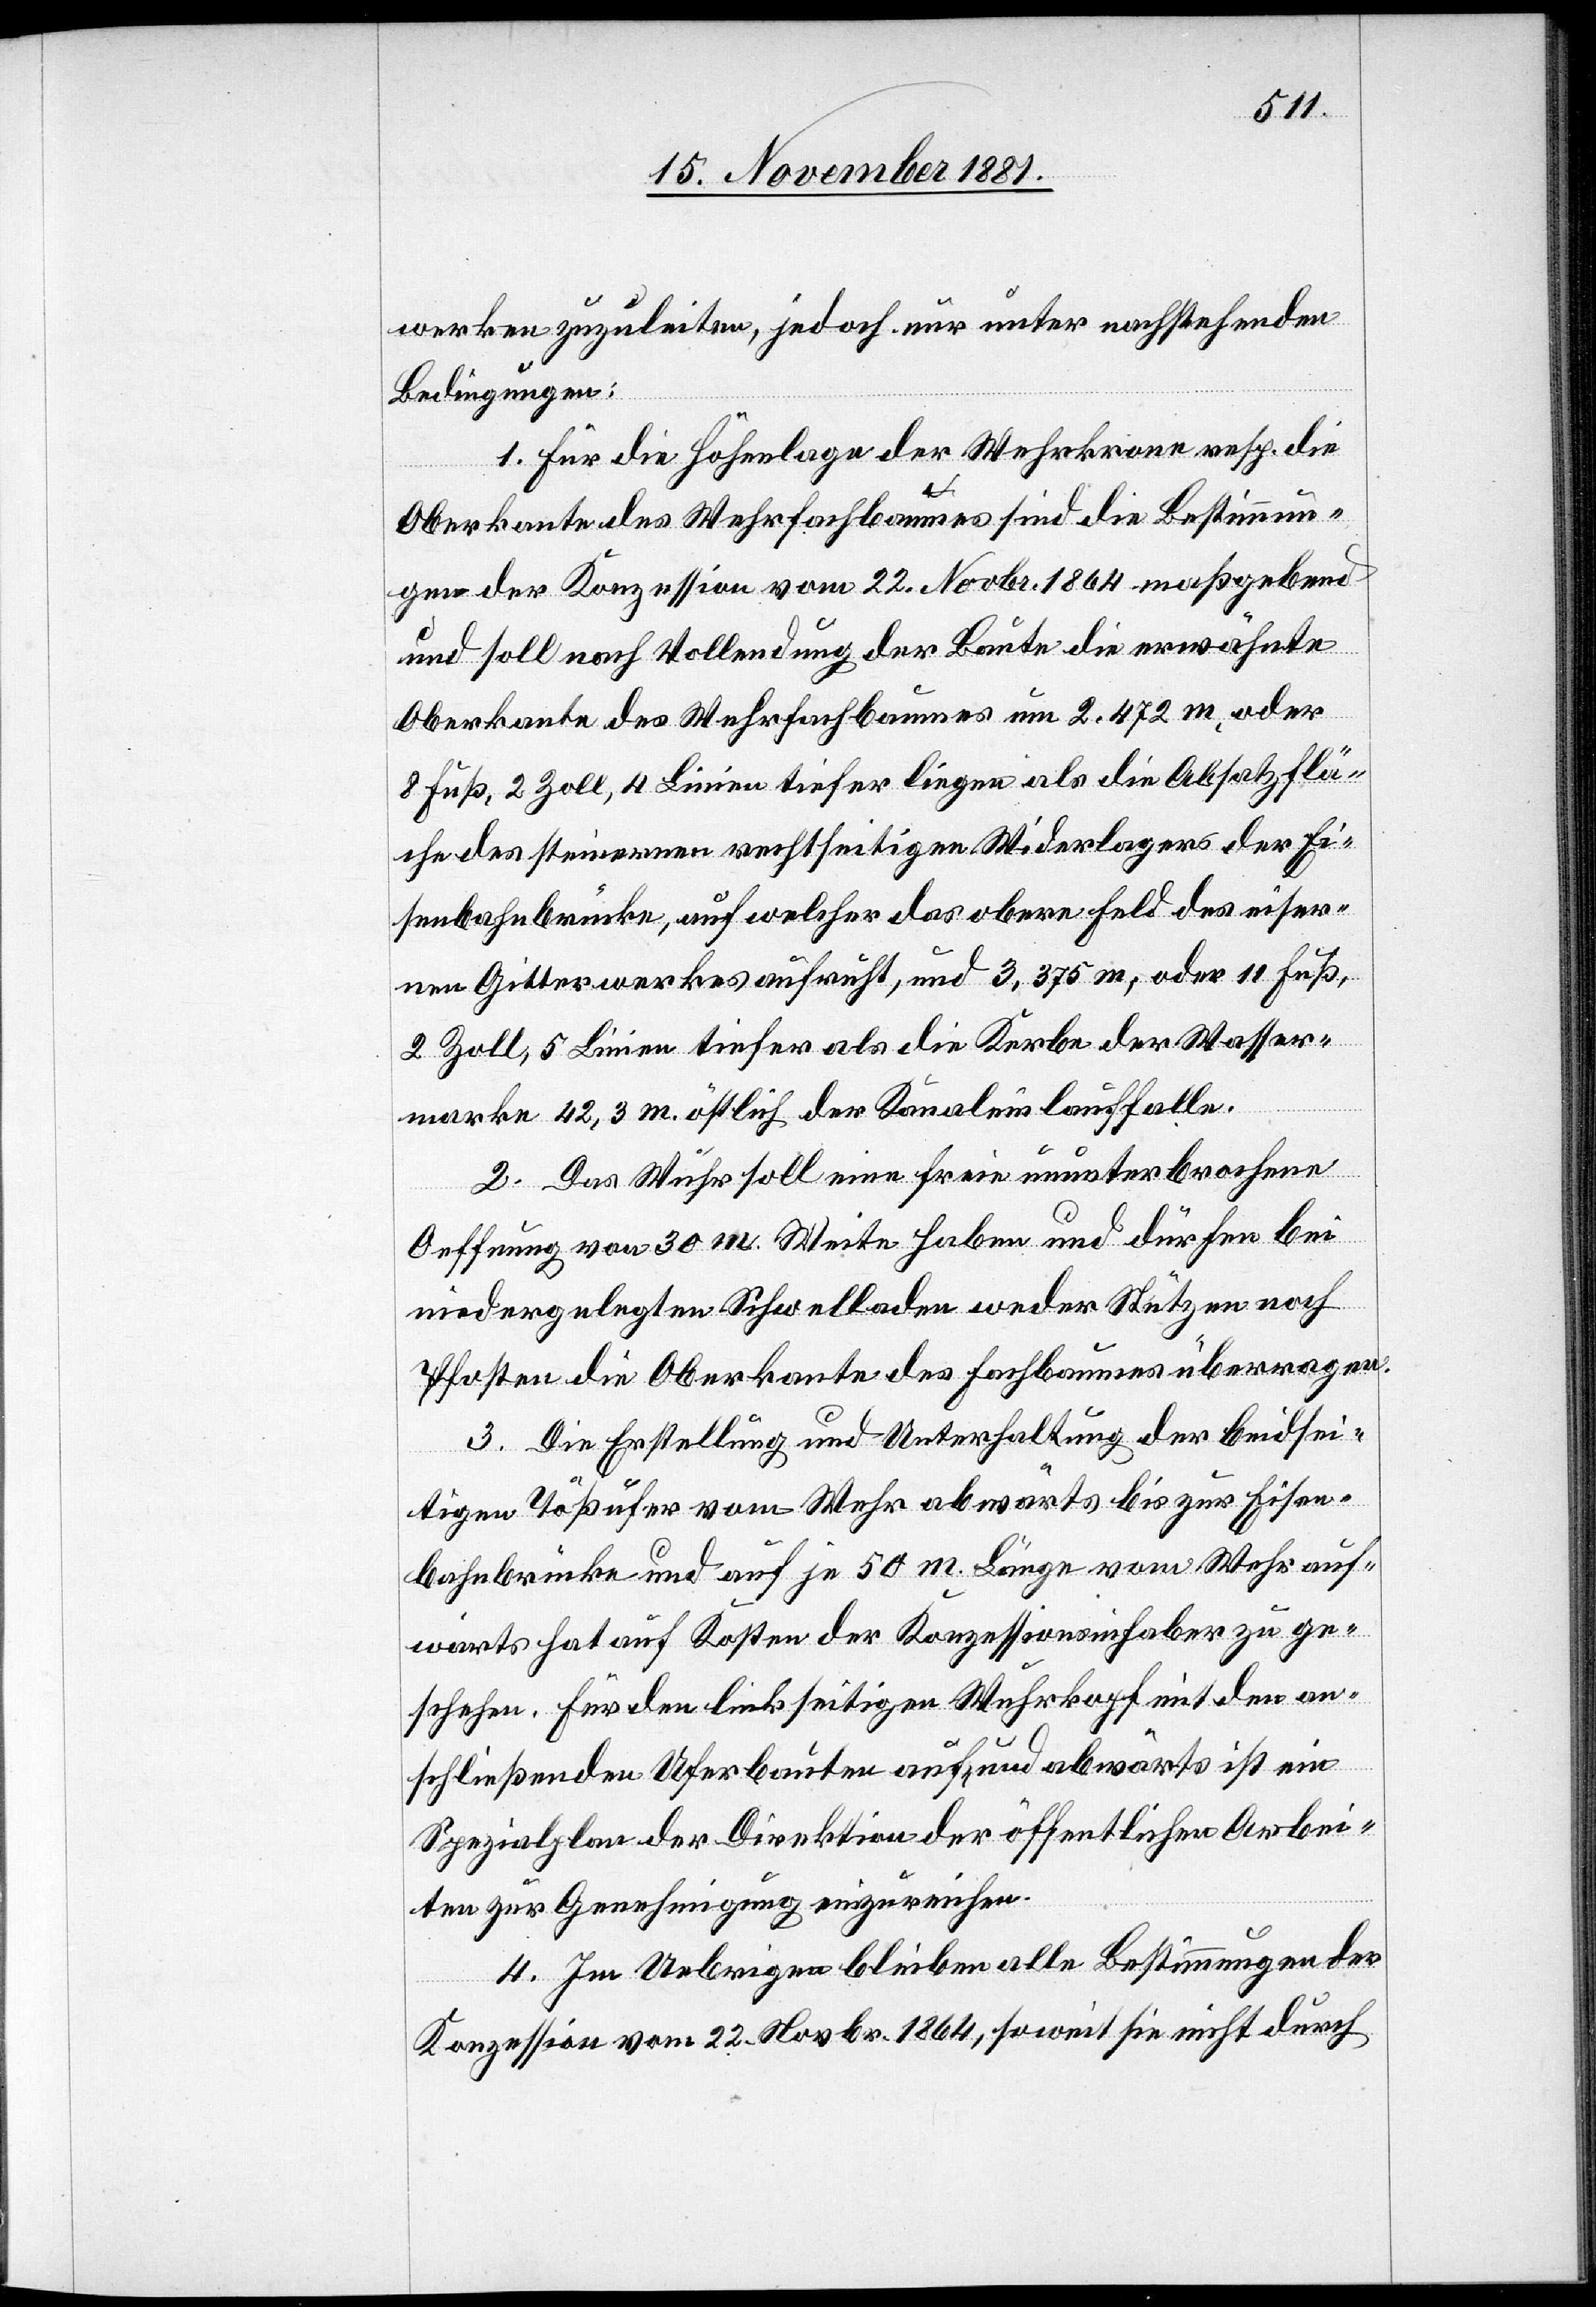
werken zuzuleiten, jedoch nur unter nachstehenden
Bedingungen:
1. Für die Höhenlage der Wehrkrone resp. die
Oberkante des Wehrfachbaumes sind die Bestimmun¬
gen der Konzession vom 22. Novbr. 1864 maßgebend
und soll nach Vollendung der Baute die erwähnte
Oberkante des Wehrfachbaumes um 2,472 m, oder
8 Fuß, 2 Zoll, 4 Linien tiefer liegen als die Absatzflä¬
che des steinernen rechtseitigen Widerlagers der Ei¬
senbahnbrücke, auf welcher das obere Feld des eiser¬
nen Gitterwerkes aufruht, und 3,375 m, oder 11 Fuß,
2 Zoll, 5 Linien tiefer als die Kerbe der Wasser¬
werke 42,3 m. östlich der Kanaleinlauffalle.
2. Das Wuhr soll eine freie ununterbrochene
Oeffnung von 30 m. Weite haben und dürfen bei
niedergelegten Schwelladen weder Stützen noch
Pfosten die Oberkante des Fachbaumes überragen.
3. Die Erstellung und Unterhaltung der beidsei¬
tigen Tößufer vom Wehr abwärts bis zur Eisen¬
bahnbrücke und auf je 50 m. Länge vom Wehr auf¬
wärts hat auf Kosten der Konzessionsinhaber zu ge¬
schehen. Für den linkseitigen Wuhrkopf mit den an¬
schließenden Uferbauten auf- und abwärts ist ein
Spezialplan der Direktion der öffentlichen Arbei¬
ten zur Genehmigung einzureichen.
4. Im Uebrigen bleiben alle Bestimmungen der
Konzession vom 22. Novbr. 1864, soweit sie nicht durch